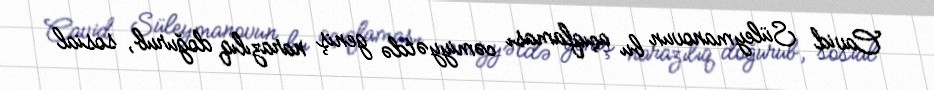
Cavid Süleymanovun bu açıqlaması cəmiyyətdə geniş narazılıq doğurub, sosial